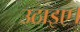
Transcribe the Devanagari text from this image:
उठाइए।